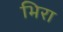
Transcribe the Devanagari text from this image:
भिरा